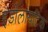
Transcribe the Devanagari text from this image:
इंडोलायटिक